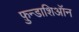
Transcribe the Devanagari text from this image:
फ़ुन्डाशिऑन